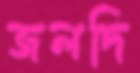
জলদি